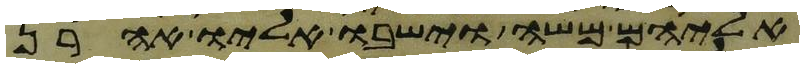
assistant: אליהם משה וישבו אליו אהרן